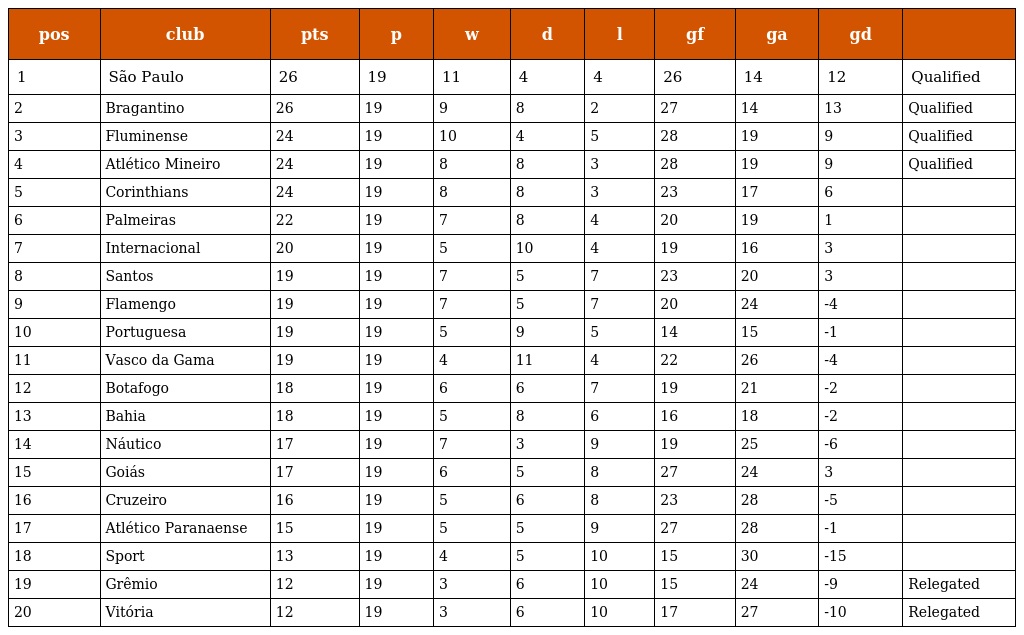
| pos | club | pts | p | w | d | l | gf | ga | gd |  |
 | --- | --- | --- | --- | --- | --- | --- | --- | --- | --- | --- |
 | 1 | São Paulo | 26 | 19 | 11 | 4 | 4 | 26 | 14 | 12 | Qualified |
 | 2 | Bragantino | 26 | 19 | 9 | 8 | 2 | 27 | 14 | 13 | Qualified |
 | 3 | Fluminense | 24 | 19 | 10 | 4 | 5 | 28 | 19 | 9 | Qualified |
 | 4 | Atlético Mineiro | 24 | 19 | 8 | 8 | 3 | 28 | 19 | 9 | Qualified |
 | 5 | Corinthians | 24 | 19 | 8 | 8 | 3 | 23 | 17 | 6 |  |
 | 6 | Palmeiras | 22 | 19 | 7 | 8 | 4 | 20 | 19 | 1 |  |
 | 7 | Internacional | 20 | 19 | 5 | 10 | 4 | 19 | 16 | 3 |  |
 | 8 | Santos | 19 | 19 | 7 | 5 | 7 | 23 | 20 | 3 |  |
 | 9 | Flamengo | 19 | 19 | 7 | 5 | 7 | 20 | 24 | -4 |  |
 | 10 | Portuguesa | 19 | 19 | 5 | 9 | 5 | 14 | 15 | -1 |  |
 | 11 | Vasco da Gama | 19 | 19 | 4 | 11 | 4 | 22 | 26 | -4 |  |
 | 12 | Botafogo | 18 | 19 | 6 | 6 | 7 | 19 | 21 | -2 |  |
 | 13 | Bahia | 18 | 19 | 5 | 8 | 6 | 16 | 18 | -2 |  |
 | 14 | Náutico | 17 | 19 | 7 | 3 | 9 | 19 | 25 | -6 |  |
 | 15 | Goiás | 17 | 19 | 6 | 5 | 8 | 27 | 24 | 3 |  |
 | 16 | Cruzeiro | 16 | 19 | 5 | 6 | 8 | 23 | 28 | -5 |  |
 | 17 | Atlético Paranaense | 15 | 19 | 5 | 5 | 9 | 27 | 28 | -1 |  |
 | 18 | Sport | 13 | 19 | 4 | 5 | 10 | 15 | 30 | -15 |  |
 | 19 | Grêmio | 12 | 19 | 3 | 6 | 10 | 15 | 24 | -9 | Relegated |
 | 20 | Vitória | 12 | 19 | 3 | 6 | 10 | 17 | 27 | -10 | Relegated |